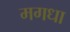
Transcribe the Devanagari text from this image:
मगधा